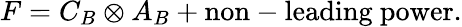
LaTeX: F=C_{B}\otimes A_{B}+\mathrm{non-leading~power}.